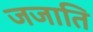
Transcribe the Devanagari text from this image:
जजाति